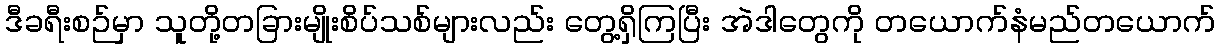
ဒီခရီးစဉ်မှာ သူတို့တခြားမျိုးစိပ်သစ်များလည်း တွေ့ရှိကြပြီး အဲဒါတွေကို တယောက်နံမည်တယောက်